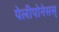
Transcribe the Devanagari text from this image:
पेलीपोनेसस्‌